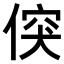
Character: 𠊲